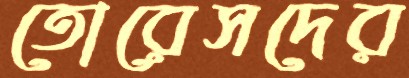
তোরেসদের